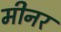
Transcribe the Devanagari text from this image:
मीनर